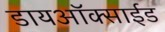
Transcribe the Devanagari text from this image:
डायअाॅक्साईड